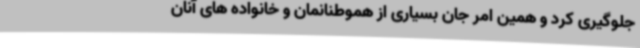
جلوگیری کرد و همین امر جان بسیاری از هموطنانمان و خانواده های آنان